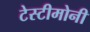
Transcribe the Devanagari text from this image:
टेस्टीमोनी